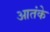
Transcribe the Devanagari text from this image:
आतंके